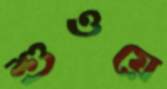
শুওয়ে